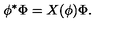
\phi ^ { \ast } \Phi = X ( \phi ) \Phi .